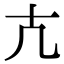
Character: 𭅠